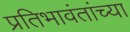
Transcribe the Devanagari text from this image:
प्रतिभावंतांच्या